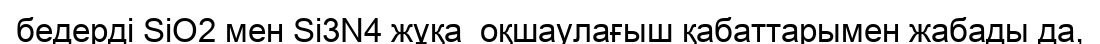
бедерді SiO2 мен Si3N4 жұқа  оқшаулағыш қабаттарымен жабады да,